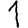
Digit: 1